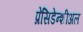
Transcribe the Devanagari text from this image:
प्रेसिडेन्शीअल